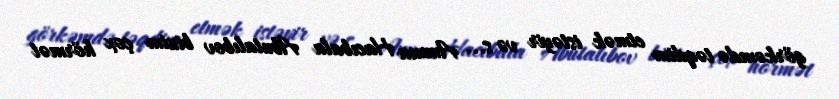
görkəmdə təqdim etmək istəyir və s... Amma Hacıbala Abutalıbov bizim çox hörmət